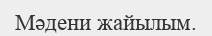
Мәдени жайылым.